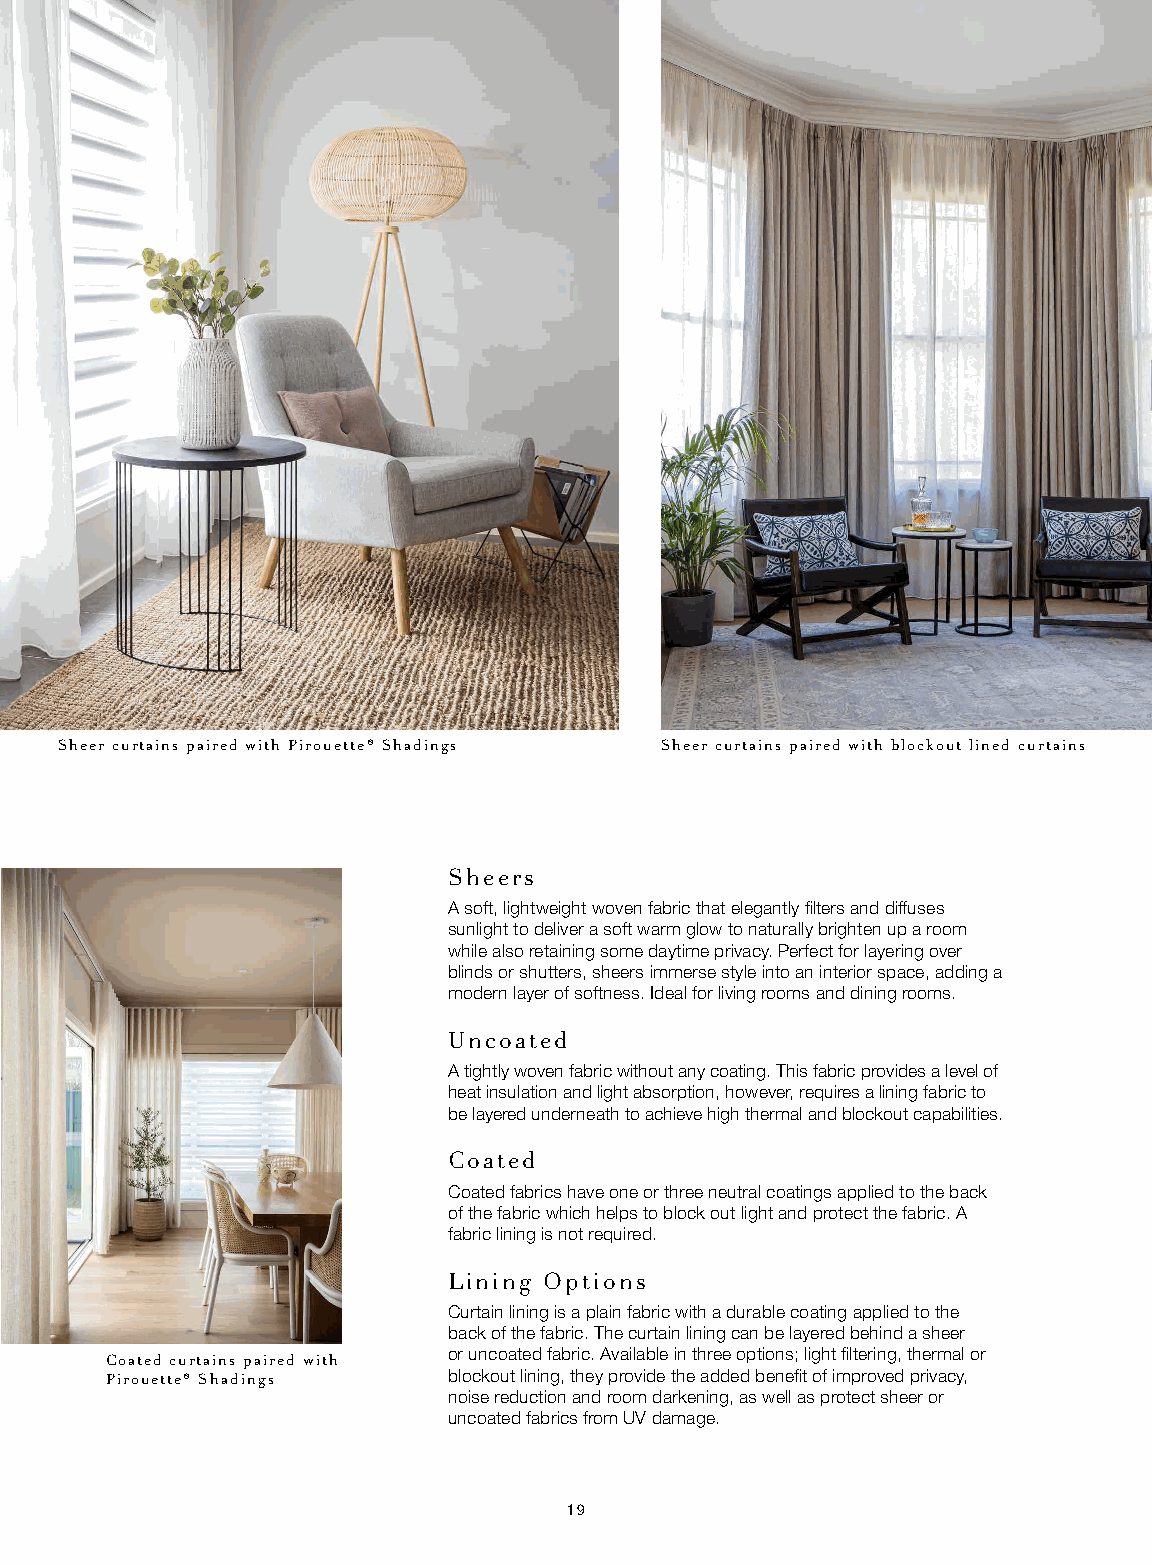
C H O O S E A
 B E A U T I F U L FA B R I C
 Sheer curtains paired with Pirouette® Shadings Sheer curtains paired with blockout lined curtains
 Sheers
 A soft, lightweight woven fabric that elegantly filters and diffuses
 sunlight to deliver a soft warm glow to naturally brighten up a room
 while also retaining some daytime privacy. Perfect for layering over
 blinds or shutters, sheers immerse style into an interior space, adding a
 modern layer of softness. Ideal for living rooms and dining rooms.
 Uncoated
 A tightly woven fabric without any coating. This fabric provides a level of
 heat insulation and light absorption, however, requires a lining fabric to
 be layered underneath to achieve high thermal and blockout capabilities.
 Coated
 Coated fabrics have one or three neutral coatings applied to the back
 of the fabric which helps to block out light and protect the fabric. A
 fabric lining is not required.
 Lining Options
 Curtain lining is a plain fabric with a durable coating applied to the
 back of the fabric. The curtain lining can be layered behind a sheer
 or uncoated fabric. Available in three options; light filtering, thermal or
 Coated curtains paired with
 Pirouette® Shadings    blockout lining, they provide the added benefit of improved privacy,
 noise reduction and room darkening, as well as protect sheer or
 uncoated fabrics from UV damage.
 19